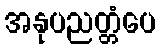
အနုပညတ္တံပေ